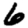
Digit: 6